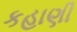
કહાણી